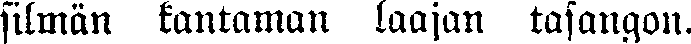
silmän kantaman laajan tasangon.